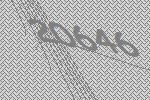
20646